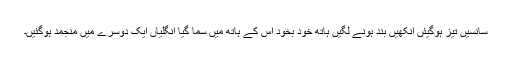
سانسیں تیز ہوگیئں آنکھیں بند ہونے لگیں ہاتھ خود بخود اس کے ہاتھ میں سما گیا انگلیاں ایک دوسرے میں منجمد ہوگئیں۔